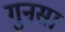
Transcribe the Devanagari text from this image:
गुनसा